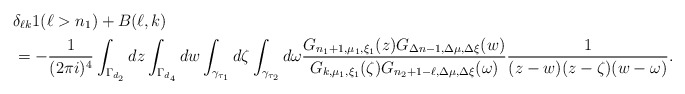
\begin{align*}&\delta_{\ell k}1(\ell>n_1)+B(\ell,k)\\&=-\frac 1{(2\pi i)^4}\int_{\Gamma_{d_2}}dz\int_{\Gamma_{d_4}}dw\int_{\gamma_{\tau_1}}d\zeta\int_{\gamma_{\tau_2}}d\omega\frac{G_{n_1+1,\mu_1,\xi_1}(z)G_{\Delta n-1,\Delta\mu,\Delta\xi}(w)}{G_{k,\mu_1,\xi_1}(\zeta)G_{n_2+1-\ell,\Delta\mu,\Delta\xi}(\omega)}\frac 1{(z-w)(z-\zeta)(w-\omega)}.\end{align*}